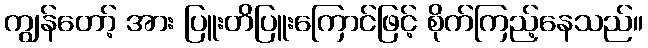
ကျွန်တော့် အား ပြူးတိပြူးကြောင်ဖြင့် စိုက်ကြည့်နေသည်။